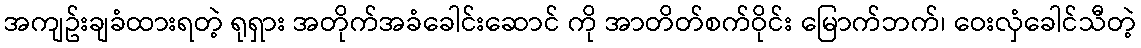
အကျဥ်းချခံထားရတဲ့ ရုရှား အတိုက်အခံခေါင်းဆောင် ကို အာတိတ်စက်ဝိုင်း မြောက်ဘက်၊ ဝေးလှံခေါင်သီတဲ့